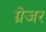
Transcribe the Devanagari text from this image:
ग्रेजर